Leaving Certificate Examination (including Day School Certificate (Higher) General paper), 1927
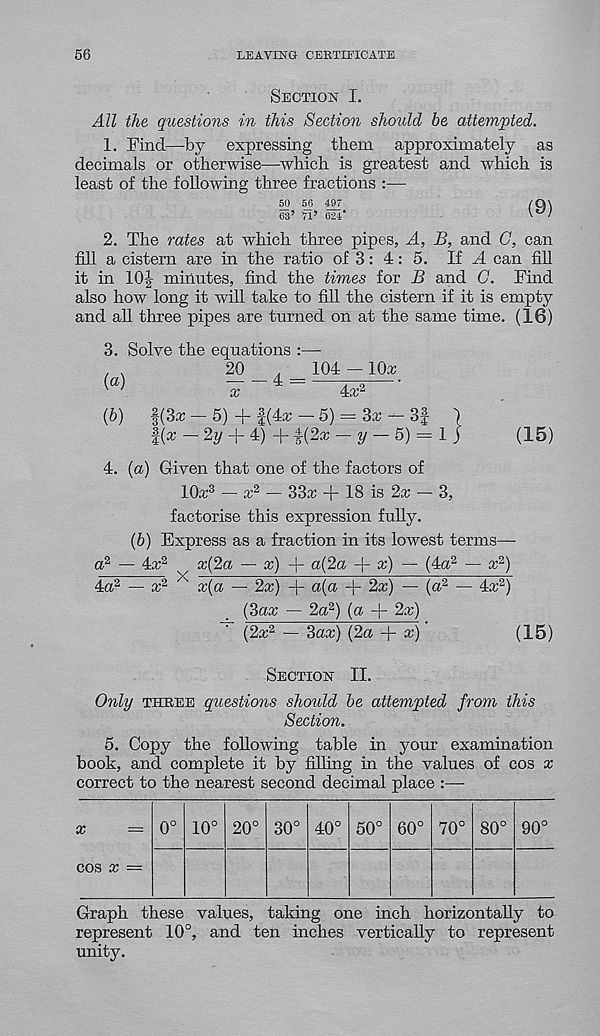
56
LEAVING CERTIFICATE
Section I.
All the questions in this Section shoidd be attempted.
1. Find—by expressing them approximately as
decimals or otherwise—which is greatest and which is
least of the following three fractions :—
50 50 497
/Q\
03’ 71’ 624*
'■ ' J >
2. The rates at which three pipes, A, B, and G, can
fill a cistern are in the ratio of 3: 4: 5. If A can fill
it in 10| minutes, find the times for B and G. Find
also how long it will take to fill the cistern if it is empty
and all three pipes are turned on at the same time. (16)
3.
{a)
Solve the equations :—
20 _ 4 _ 104 - 10a;
x
4x 2
(b)
f(3x - 5) + f(4cr - 5) = 3x - 3| }
§(x — 2y + 4) + i(2x — 2/ — 5) = 1 j
(15)
4. (a) Given that one of the factors of
10x 3 — x 2 - 33x + 18 is 2x - 3,
factorise this expression fully.
(b) Express as a fraction in its lowest terms—
a 2 — lx 2
x{2a — a;) + ra (2a + cc) — (4<x 2 — a; 2 )
4a 2 — a; 2 X x{a — 2a;) + a(a + 2a;) — (a 2 — 4a; 2 )
{3ax — 2a 2 ) {a + 2a;)
(2a? 2 — 3ax) (2a + a?)
(15)
Section II.
Only three questions should be attempted from this
Section.
5. Copy the following table in your examination
book, and complete it by filling in the values of cos x
correct to the nearest second decimal place :—-
Graph these values, taking one inch horizontally to
represent 10°, and ten inches vertically to represent
unity.